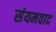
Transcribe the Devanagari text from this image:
संयमवाद